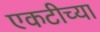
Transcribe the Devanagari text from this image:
एकटीच्या